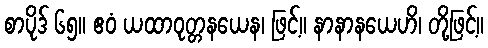
စာပိုဒ် ၆၅။ ဧဝံ ယထာဝုတ္တနယေန၊ ဖြင့်။ နာနာနယေဟိ၊ တို့ဖြင့်။